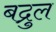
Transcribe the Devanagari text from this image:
बद्रुल